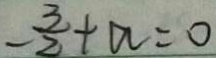
- \frac { 3 } { 2 } + a = 0